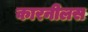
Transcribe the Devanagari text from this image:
कारनीलस